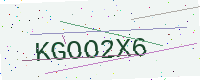
Text: KGOO2X6